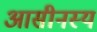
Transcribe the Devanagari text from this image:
आसीनस्य